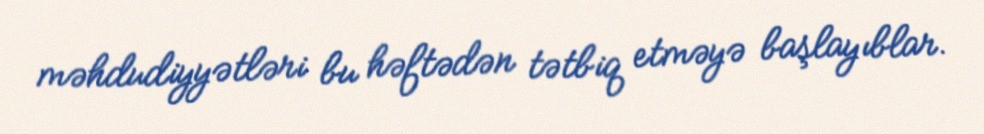
məhdudiyyətləri bu həftədən tətbiq etməyə başlayıblar.